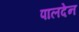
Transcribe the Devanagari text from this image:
पालदेन